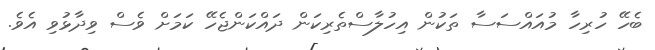
ބެހޭ ހުރިހާ މުއައްސަސާ ތަކުން އިހުލާސްތެރިކަން ދައްކަންޖެހޭ ކަމަށް ވެސް ވިދާޅުވި އެވެ.